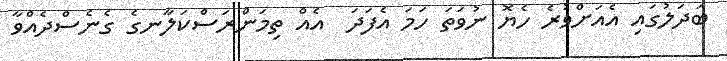
ބަދަލުގައި އެއަށްވުރެ ހެޔޮ ނުވަތަ ހަމަ އެފަދަ  އެއް ތިމަންރަސްކަލާނގެ ގެނެސްދެއްވާ